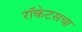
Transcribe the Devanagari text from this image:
रॉकेटसचा